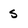
Character: s